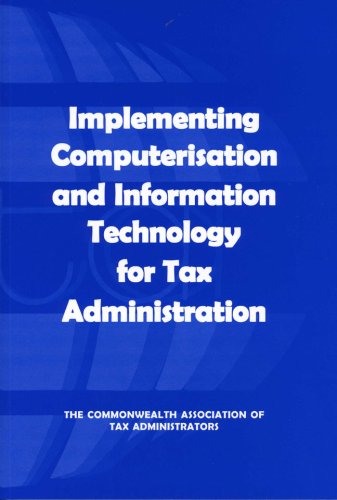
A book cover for Implementing Computerisation and Information Technology for Tax Administration; Commonwealth Association of Tax Administrators; Law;